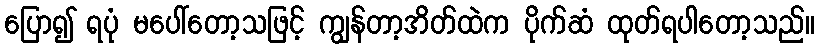
ပြော၍ ရပုံ မပေါ်တော့သဖြင့် ကျွန်တာ့အိတ်ထဲက ပိုက်ဆံ ထုတ်ရပါတော့သည်။